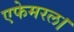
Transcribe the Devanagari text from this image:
एफेमरल।